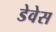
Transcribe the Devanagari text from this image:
डेवेस